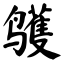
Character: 鹱